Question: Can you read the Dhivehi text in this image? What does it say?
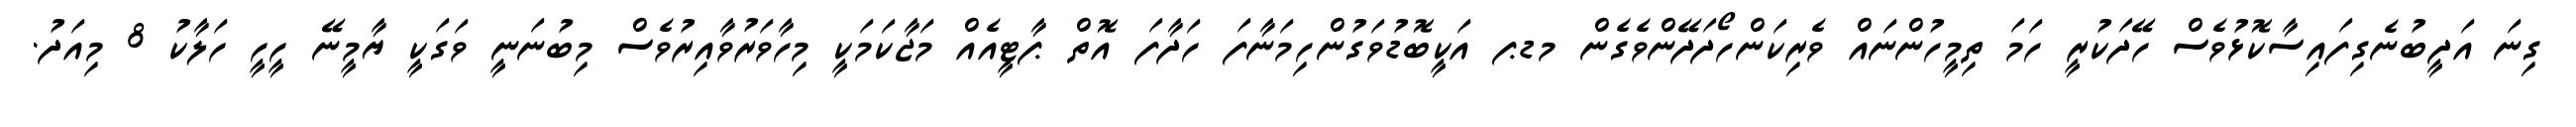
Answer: ގިނަ އަދީބުނެގިފައިސާކޮޅުވެސް ހޭދަކުރީ ހަމަ ތިމީހުންނައް ވެރިކަންހޯދަދޭންވެގެން މޑޕ އަކީބޮޑުވަގުންހިމަނާފަ ހަދާފަ އޮތް ޕާޓީއެއް މަޖާކަމަކީ މިހާވަރުވާއިރުވެސް މިބުނަނީ ވަގަކީ ޔާމީނޭ ހީހީ ހަލާކު 8 މިއަދު.